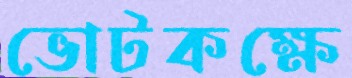
ভোটকক্ষে